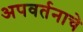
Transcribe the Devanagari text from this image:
अपवर्तनाचे